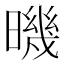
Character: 𣊉